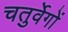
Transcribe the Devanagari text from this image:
चतुर्वेगों